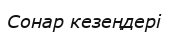
Сонар кезеңдері